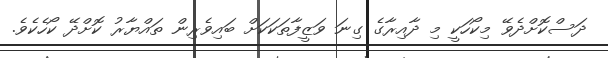
ދަސްކޮށްދެވޭ މިކޯހަކީ މި ދާއިރާގެ ގިނަ ވަޒީފާތަކަކަށް ބައިވެރިން ތައްޔާރު ކޮށްދޭ ކޯހެކެވެ.